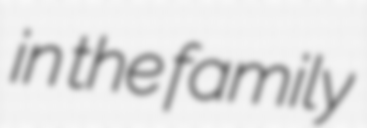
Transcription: in the family